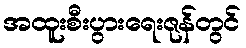
အထူးစီးပွားရေးဇုန်တွင်